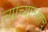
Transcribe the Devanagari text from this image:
त्यांच्यातलाच